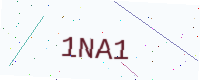
Text: 1NA1